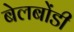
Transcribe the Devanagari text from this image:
बेलबोंडी